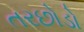
તરછોડો